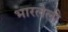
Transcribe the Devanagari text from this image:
भारलेली